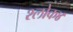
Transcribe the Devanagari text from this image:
श्लोक४